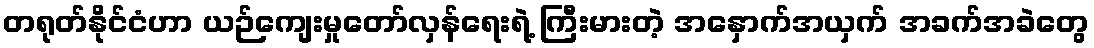
တရုတ်နိုင်ငံဟာ ယဉ်ကျေးမှုတော်လှန်ရေးရဲ့ ကြီးမားတဲ့ အနှောက်အယှက် အခက်အခဲတွေ